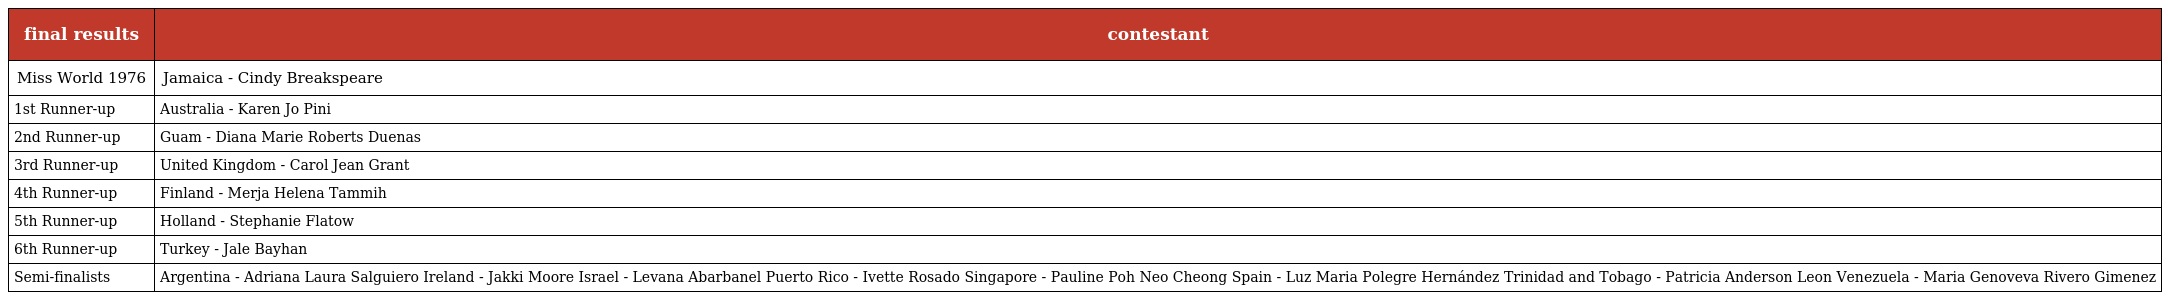
| final results | contestant |
 | --- | --- |
 | Miss World 1976 | Jamaica - Cindy Breakspeare |
 | 1st Runner-up | Australia - Karen Jo Pini |
 | 2nd Runner-up | Guam - Diana Marie Roberts Duenas |
 | 3rd Runner-up | United Kingdom - Carol Jean Grant |
 | 4th Runner-up | Finland - Merja Helena Tammih |
 | 5th Runner-up | Holland - Stephanie Flatow |
 | 6th Runner-up | Turkey - Jale Bayhan |
 | Semi-finalists | Argentina - Adriana Laura Salguiero Ireland - Jakki Moore Israel - Levana Abarbanel Puerto Rico - Ivette Rosado Singapore - Pauline Poh Neo Cheong Spain - Luz Maria Polegre Hernández Trinidad and Tobago - Patricia Anderson Leon Venezuela - Maria Genoveva Rivero Gimenez |